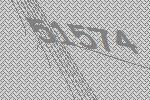
51574